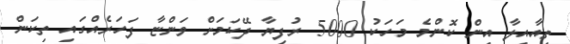
ތިއާއިލާ އިން ކޮންމެ މަހަކު 5000 ރުފިޔާ ދޭކަމަށް ވަންޏާ ފަހަރެއްގައި ތިކަން